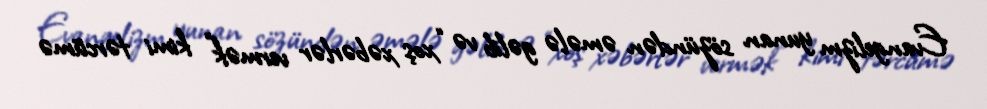
Evangelizm yunan sözündən əmələ gəlib və “xoş xəbərlər vermək” kimi tərcümə